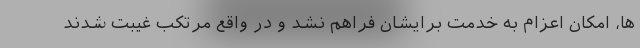
ها، امکان اعزام به خدمت برایشان فراهم نشد و در واقع مرتکب غیبت شدند